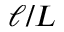
\ell / L